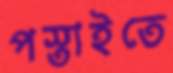
পস্তাইতে